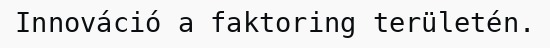
Innováció a faktoring területén.